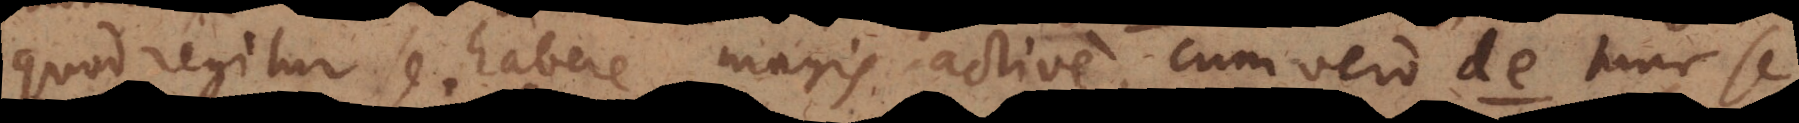
quod regitur se habere magis active, cum vero de tunc se